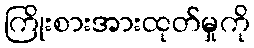
ကြိုးစားအားထုတ်မှုကို